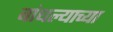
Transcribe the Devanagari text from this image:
बांधल्याच्या